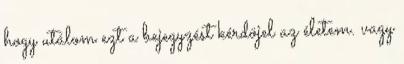
hogy utálom ezt a bejegyzést kérdöjel az életem. vagy